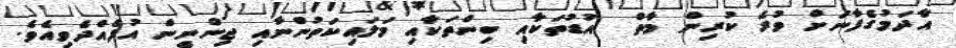
އާދަމުގެފާނަށް ވުރެ ކުރިން މާތް  އުޑުތަކާއި ބިންތަކާއި މަލައިކަތުންނާއި ޖިންނީން އުފެއްދެވިއެވެ.